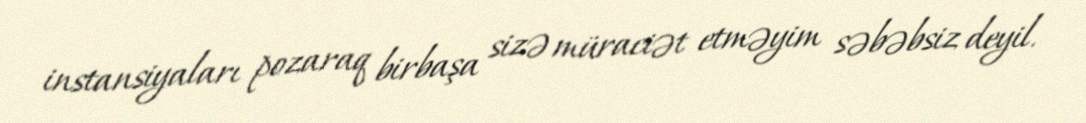
instansiyaları pozaraq birbaşa sizə müraciət etməyim səbəbsiz deyil.